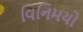
વિનિમયો